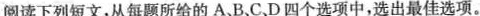
阅读下列短文,从每题所给的 A、B、C、D 四个选项中,选出最佳选项.。